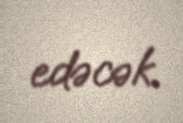
edəcək.